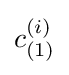
c_{(1)}^{(i)}